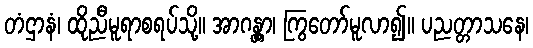
တံဌာနံ၊ ထိုညီမူရာစရပ်သို့။ အာဂန္တွာ၊ ကြွတော်မူလာ၍။ ပညတ္တာသနေ၊